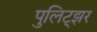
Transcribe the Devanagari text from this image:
पुलिट्झर